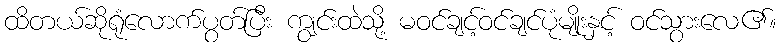
ထိတယ်ဆိုရုံလောက်ပွတ်ပြီး ကျွင်းထဲသို့ မဝင်ချင့်ဝင်ချင်ပုံမျိုးနှင့် ဝင်သွားလေ၏။